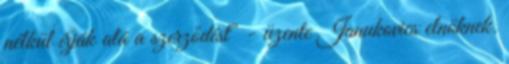
nélkül írják alá a szerződést" - üzente Janukovics elnöknek.